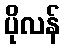
ပိုလန်